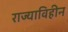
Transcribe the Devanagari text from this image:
राज्याविहीन